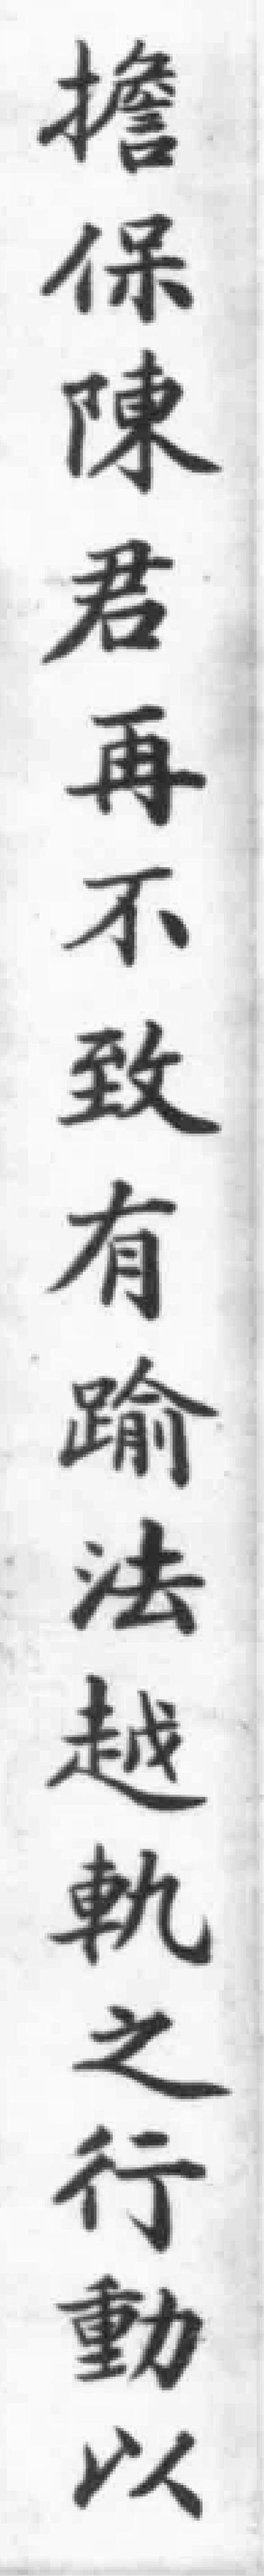
擔保陳君再不致有踰法越軌之行動以